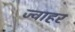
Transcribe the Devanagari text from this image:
ज्वाहर